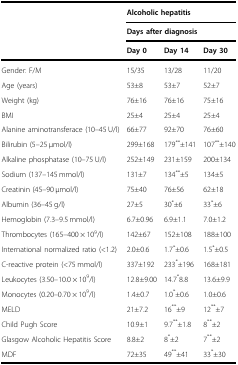
<table><thead><tr><td></td><td colspan="3"><b>Alcoholic hepatitis</b></td></tr><tr><td></td><td colspan="3"><b>Days after diagnosis</b></td></tr><tr><td></td><td><b>Day 0</b></td><td><b>Day 14</b></td><td><b>Day 30</b></td></tr></thead><tbody><tr><td>Gender: F/M</td><td>15/35</td><td>13/28</td><td>11/20</td></tr><tr><td>Age (years)</td><td>53±8</td><td>53±7</td><td>52±7</td></tr><tr><td>Weight (kg)</td><td>76±16</td><td>76±16</td><td>75±16</td></tr><tr><td>BMI</td><td>25±4</td><td>25±4</td><td>25±4</td></tr><tr><td>Alanine aminotransferace (10–45 U/l)</td><td>66±77</td><td>92±70</td><td>76±60</td></tr><tr><td>Bilirubin (5–25 μmol/l)</td><td>299±168</td><td>179<sup>**</sup>±141</td><td>107<sup>**</sup>±140</td></tr><tr><td>Alkaline phosphatase (10–75 U/l)</td><td>252±149</td><td>231±159</td><td>200±134</td></tr><tr><td>Sodium (137–145 mmol/l)</td><td>131±7</td><td>134<sup>**</sup>±5</td><td>134±5</td></tr><tr><td>Creatinin (45–90 μmol/l)</td><td>75±40</td><td>76±56</td><td>62±18</td></tr><tr><td>Albumin (36–45 g/l)</td><td>27±5</td><td>30<sup>*</sup>±6</td><td>33<sup>*</sup>±6</td></tr><tr><td>Hemoglobin (7.3–9.5 mmol/l)</td><td>6.7±0.96</td><td>6.9±1.1</td><td>7.0±1.2</td></tr><tr><td>Thrombocytes (165–400 × 10<sup>9</sup>/l)</td><td>142±67</td><td>152±108</td><td>188±100</td></tr><tr><td>International normalized ratio (&lt;1.2)</td><td>2.0±0.6</td><td>1.7<sup>*</sup>±0.6</td><td>1.5<sup>*</sup>±0.5</td></tr><tr><td>C-reactive protein (&lt;75 mmol/l)</td><td>337±192</td><td>233<sup>*</sup>±196</td><td>168±181</td></tr><tr><td>Leukocytes (3.50–10.0 × 10<sup>9</sup>/l)</td><td>12.8±9.00</td><td>14.7<sup>*</sup>8.8</td><td>13.6±9.9</td></tr><tr><td>Monocytes (0.20–0.70 × 10<sup>9</sup>/l)</td><td>1.4±0.7</td><td>1.0<sup>*</sup>±0.6</td><td>1.0±0.6</td></tr><tr><td>MELD</td><td>21±7.2</td><td>16<sup>**</sup>±9</td><td>12<sup>**</sup>±7</td></tr><tr><td>Child Pugh Score</td><td>10.9±1</td><td>9.7<sup>**</sup>±1.8</td><td>8<sup>**</sup>±2</td></tr><tr><td>Glasgow Alcoholic Hepatitis Score</td><td>8.8±2</td><td>8<sup>*</sup>±2</td><td>7<sup>**</sup>±2</td></tr><tr><td>MDF</td><td>72±35</td><td>49<sup>**</sup>±41</td><td>33<sup>*</sup>±30</td></tr></tbody></table>